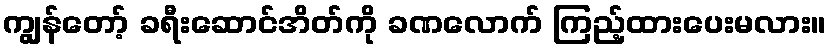
ကျွန်တော့် ခရီးဆောင်အိတ်ကို ခဏလောက် ကြည့်ထားပေးမလား။